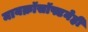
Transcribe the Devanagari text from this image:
मायक्रॉसॉफ्टनेही